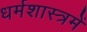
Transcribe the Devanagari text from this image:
धर्मशास्त्रमें